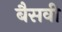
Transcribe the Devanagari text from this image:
बैसवी